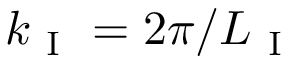
k _ { \mathrm { ~ I ~ } } = 2 \pi / L _ { \mathrm { ~ I ~ } }